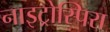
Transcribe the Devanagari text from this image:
नाइट्रोस्पिरा